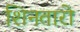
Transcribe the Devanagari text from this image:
शिनतारो